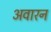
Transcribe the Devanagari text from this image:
अवारन